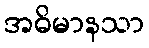
အဓိမာနသာ